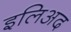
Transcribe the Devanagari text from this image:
इलिअद